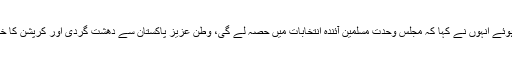
اس موقع پر میڈیا سے گفتگو کرتے ہوئے انہوں نے کہا کہ مجلس وحدت مسلمین آئندہ انتخابات میں حصہ لے گی، وطن عزیز پاکستان سے دھشت گردی اور کرپشن کا خاتمہ ہماری ترجیحات میں شامل ہے۔